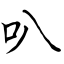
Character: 叭